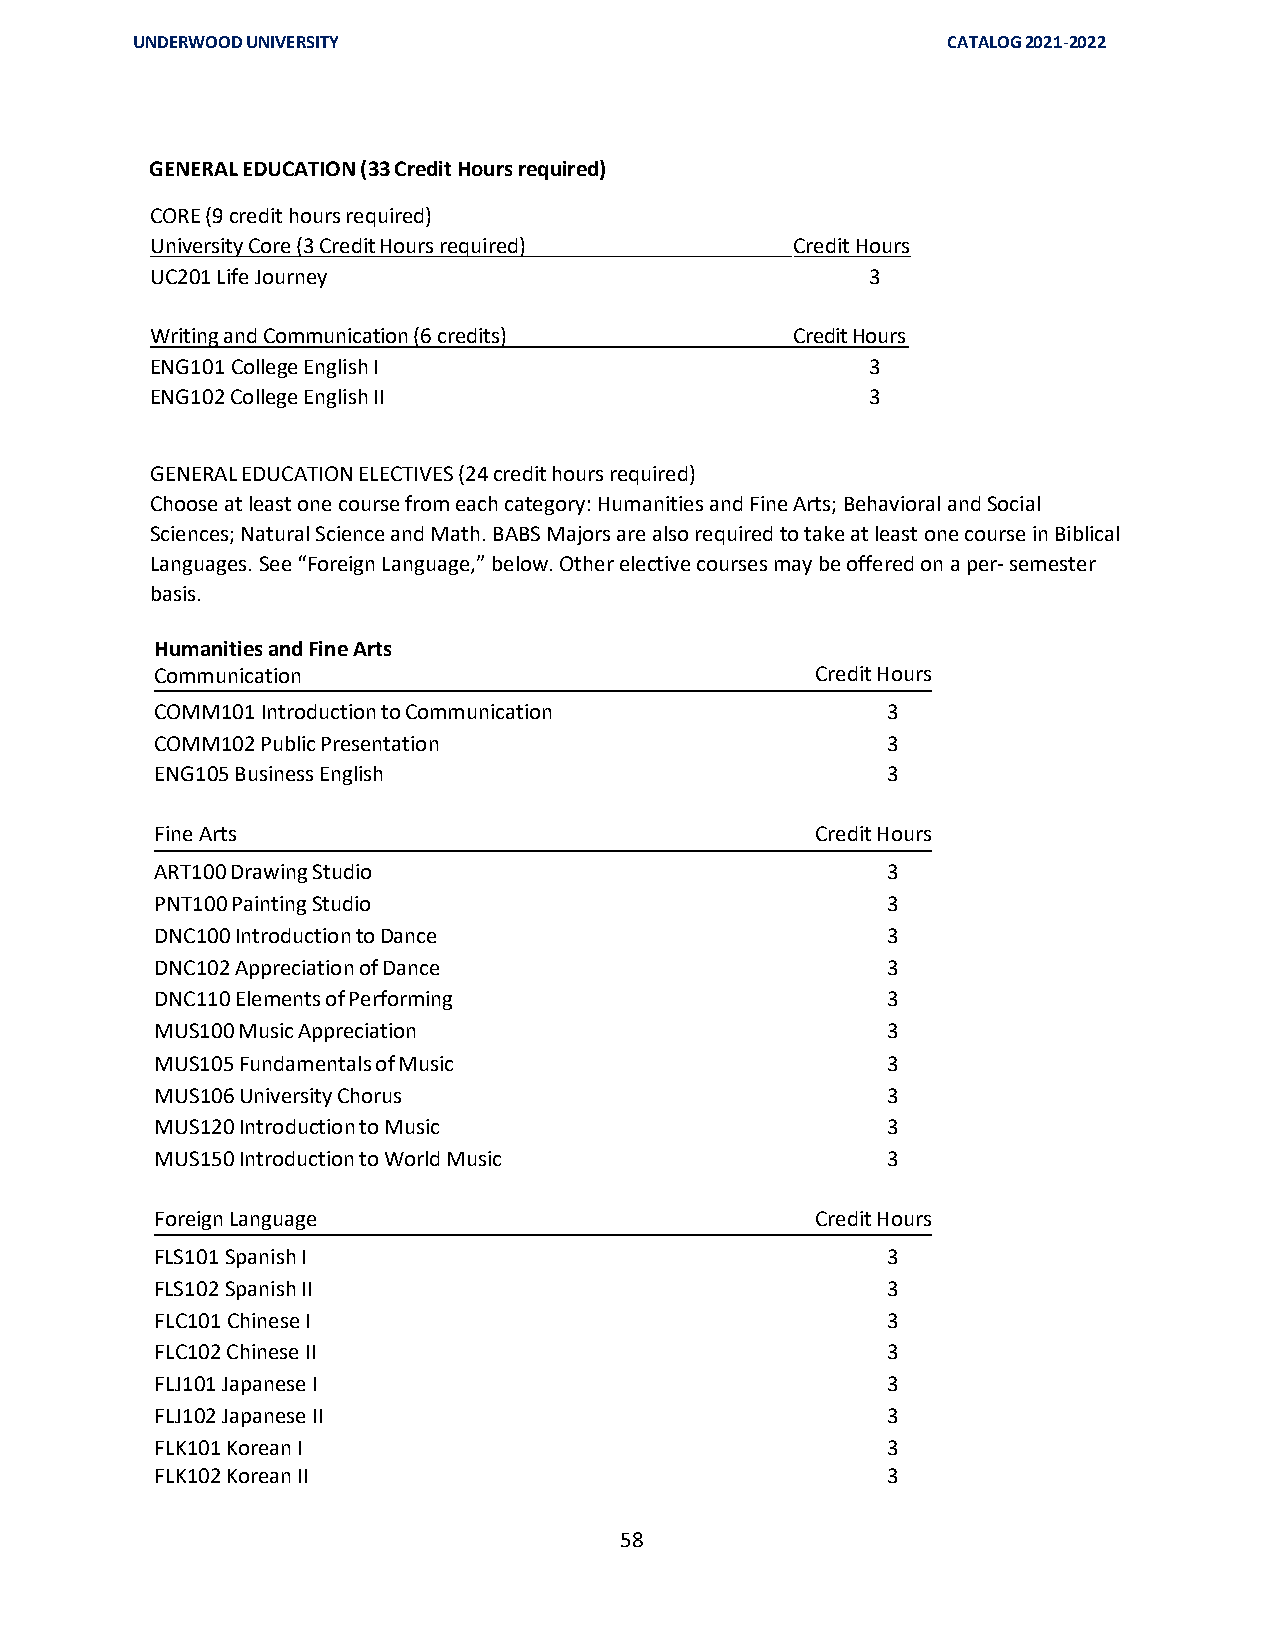
UNDERWOOD UNIVERSITY                                  CATALOG 2021-2022
 GENERAL EDUCATION (33 Credit Hours required)
 CORE (9 credit hours required)
 University Core (3 Credit Hours required)  Credit Hours
 UC201 Life Journey                              3
 Writing and Communication (6 credits)      Credit Hours
 ENG101 College English I                        3
 ENG102 College English II                       3
 GENERAL EDUCATION ELECTIVES (24 credit hours required)
 Choose at least one course from each category: Humanities and Fine Arts; Behavioral and Social
 Sciences; Natural Science and Math. BABS Majors are also required to take at least one course in Biblical
 Languages. See “Foreign Language,” below. Other elective courses may be offered on a per- semester
 basis.
 Humanities and Fine Arts
 Communication                               Credit Hours
 COMM101 Introduction to Communication            3
 COMM102 Public Presentation                      3
 ENG105 Business English                          3
 Fine Arts                                   Credit Hours
 ART100 Drawing Studio                            3
 PNT100 Painting Studio                           3
 DNC100 Introduction to Dance                     3
 DNC102 Appreciation of Dance                     3
 DNC110 Elements of Performing                    3
 MUS100 Music Appreciation                        3
 MUS105 Fundamentals of Music                     3
 MUS106 University Chorus                         3
 MUS120 Introduction to Music                     3
 MUS150 Introduction to World Music               3
 Foreign Language                            Credit Hours
 FLS101 Spanish I                                 3
 FLS102 Spanish II                                3
 FLC101 Chinese I                                 3
 FLC102 Chinese II                                3
 FLJ101 Japanese I                                3
 FLJ102 Japanese II                               3
 FLK101 Korean I                                  3
 FLK102 Korean II                                 3
 58